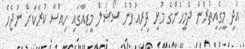
އަދި މީގެިއިތުރުން ދެމީހުންގެ މުޅި ދިރިއުޅުން ސޯޝަލް މީޑިއާގައި ހިއްސާ ކުރާކަށް ނުޖެހެ